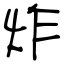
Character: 炸